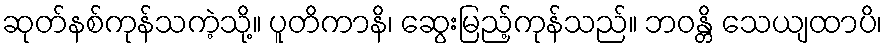
ဆုတ်နစ်ကုန်သကဲ့သို့။ ပူတိကာနိ၊ ဆွေးမြည့်ကုန်သည်။ ဘဝန္တိ သေယျထာပိ၊